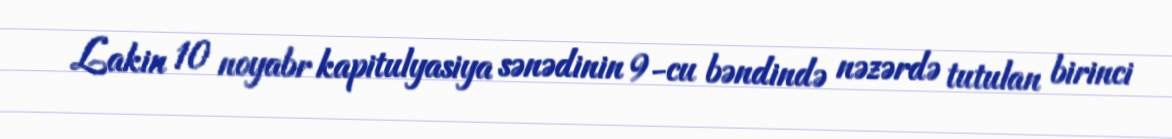
Lakin 10 noyabr kapitulyasiya sənədinin 9-cu bəndində nəzərdə tutulan birinci